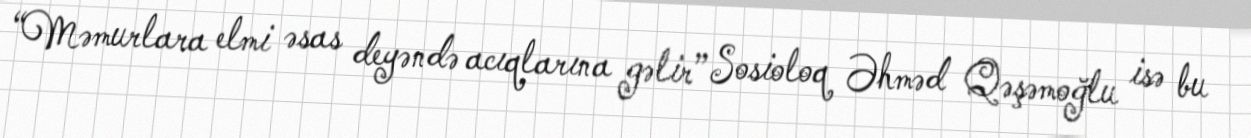
“Məmurlara elmi əsas deyəndə acıqlarına gəlir” Sosioloq Əhməd Qəşəmoğlu isə bu